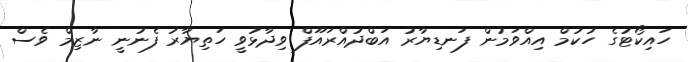
ހައިކޯޓުގެ ހުކުމް އިއްވަމުން ފަނޑިޔާރު އަބްދުއްރައޫފް ވިދާޅުވީ ހަތިޔާރު ފެނުނީ ނާޒިމް ވެސް